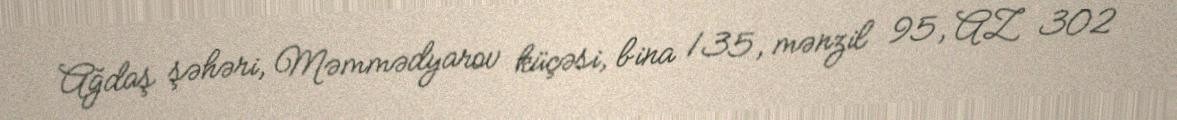
Ağdaş şəhəri, Məmmədyarov küçəsi, bina 135, mənzil 95, AZ 302